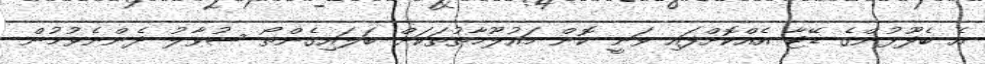
އެ ބެފޫޅުންގެ ޑޭޓާ އެއްކޮށްފައި ވަނީ ކޮން މައުލޫމާތުތަކަށް ބަލައިގެންތޯ ސުވާލު ދެންނެވުމުން